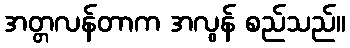
အတ္တလန်တာက အလွန် စည်သည်။